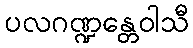
ပလဂဏ္ဍန္တေဝါသီ